Sanitation, dispensaries and jails vaccination Rajputana 1922-1927 - 1922-1927
Year: 1922
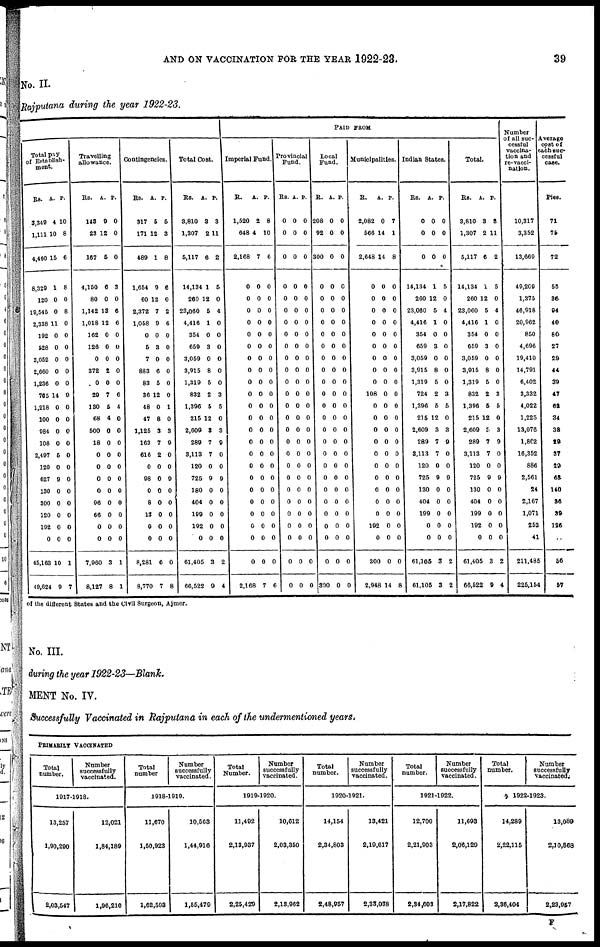
AND ON VACCINATION FOR THE YEAR 1922-23.
39
No. II.
Rajputana during the year 1922-23.
PAID FROM
Total pay
of Establish-
ment.
Rs.
3,349
1,111
4,460
8,329
120
19,546
2,338
192
528
3,052
2,660
1,236
765
1,218
100
984
108
2,497
120
627
130
300
120
192
0
45,163
40,624
A.
4
10
15
1
0
0
11
0
0
0
0
0
14
0
0
0
0
5
0
9
0
0
0
0
0
10
9
P.
10
8
6
8
0
8
0
0
0
0
0
0
9
0
0
0
0
0
0
0
0
0
0
0
0
1
7
Travelling
allowance.
Rs.
143
23
167
4,150
80
1,142
1,018
162
126
0
372
0
29
130
68
500
18
0
0
0
0
96
66
0
0
7,960
8,127
A.
9
12
5
6
0
13
12
0
0
0
2
0
7
5
4
0
0
0
0
0
0
0
0
0
0
3
8
P.
0
0
0
3
0
6
6
0
0
0
0
0
6
4
0
0
0
0
0
0
0
0
0
0
0
1
1
Contingencies.
Rs.
317
171
489
1,654
60
2,372
1,058
0
5
7
883
83
36
48
47
1,125
163
616
0
98
0
8
13
0
0
8,281
8,770
A.
5
12
1
9
12
7
9
0
3
0
6
5
12
0
8
3
7
2
0
0
0
0
0
0
0
6
7
P.
5
3
8
6
0
2
6
0
0
0
0
0
0
1
0
3
9
0
0
9
0
0
0
0
0
0
8
Total Cost.
RS.
3,810
1,307
5,117
14,134
260
23,060
4,416
354
659
3,059
3,915
1,319
832
1,396
215
2,609
289
3,113
120
725
180
404
199
192
0
61,405
66,522
A.
3
2
6
1
12
5
1
0
3
0
8
5
2
5
12
3
7
7
0
9
0
0
0
0
0
3
9
P.
3
11
2
5
0
4
0
0
0
0
0
0
3
5
0
3
9
0
0
9
0
0
0
0
0
2
4
Imperial Fund.
R.
1,520
648
2,168
0
0
0
0
0
0
0
0
0
0
0
0
0
0
0
0
0
0
0
0
0
0
0
2,168
A.
2
4
7
0
0
0
0
0
0
0
0
0
0
0
0
0
0
0
0
0
0
0
0
0
0
0
7
P.
8
10
6
0
0
0
0
0
0
0
0
0
0
0
0
0
0
0
0
0
0
0
0
0
0
0
6
Provincial
Fund.
Rs.
0
0
0
0
0
0
0
0
0
0
0
0
0
0
0
0
0
0
0
0
0
0
0
0
0
0
0
A.
0
0
0
0
0
0
0
0
0
0
0
0
0
0
0
0
0
0
0
0
0
0
0
0
0
0
0
P.
0
0
0
0
0
0
0
0
0
0
0
0
0
0
0
0
0
0
0
0
0
0
0
0
0
0
0
Local
Fund.
R.
208
92
300
0
0
0
0
0
0
0
0
0
0
0
0
0
0
0
0
0
0
0
0
0
0
0
300
A.
9
0
0
0
0
0
0
0
0
0
0
0
0
0
0
0
0
0
0
0
0
0
0
0
0
0
0
P.
0
0
0
0
0
0
0
0
0
0
0
0
0
0
0
0
0
0
0
0
0
0
0
0
0
0
0
Municipalities.
R.
2,082
566
2,648
0
0
0
0
0
0
0
0
0
108
0
0
0
0
0
0
0
0
0
0
192
0
300
2,948
A.
0
14
14
0
0
0
0
0
0
0
0
0
0
0
0
0
0
0
0
0
0
0
0
0
0
0
14
P.
7
1
8
0
0
0
0
0
0
0
0
0
0
0
0
0
0
0
0
0
0
0
0
0
0
0
8
Indian States.
Rs.
0
0
0
14,134
260
23,060
4,416
354
659
3,059
3,915
1,319
724
1,396
215
2,609
289
3,113
120
725
130
404
199
0
0
61,105
61,105
A.
0
0
0
1
12
5
1
0
3
0
8
5
2
5
12
3
7
7
0
9
0
0
0
0
0
3
3
P.
0
0
0
5
0
4
0
0
0
0
0
0
3
5
0
3
9
0
0
9
0
0
0
0
0
2
2
Total.
Rs.
3,810
1,307
5,117
14,134
260
23,060
4,416
354
659
3,059
3,916
1,319
832
1,396
215
2,609
289
3,113
120
725
130
404
199
192
0
61,405
66,522
A.
3
2
6
1
12
5
1
0
3
0
8
5
2
5
12
3
7
7
0
9
0
0
0
0
0
3
9
P.
3
11
2
5
0
4
0
0
0
0
0
0
3
5
0
3
9
0
0
9
0
0
0
0
0
2
4
Number
of all suc¬
cessful
vaccina¬
tion and
re-vacci-
nation.
10,317
3,352
13,669
49,209
1,375
46,918
20,962
850
4,696
19,410
14,791
6,402
3,332
4,022
1,225
13,076
1,862
16,352
886
2,561
24
2,167
1,071
253
41
211,485
225,154
Average
cost of
each suc¬
cessful
case.
Pies.
71
75
72
55
36
94
40
80
27
29
44
39
47
62
34
38
29
37
20
63
140
36
39
126
..
56
57
of the different States and the Civil Surgeon, Ajmer.
No. III.
during the year 1922-23—Blank.
MENT No. IV.
Successfully Vaccinated in Rajputana in each of the undermentioned years.
PRIMARILY VACCINATED
Total
number.
Number
successfully
vaccinated.
1917-1918.
13,257
1,90,290
2,03,547
12,021
1,84,189
1,96,210
Total
number
Number
successfully
vaccinated.
1918-1919.
11,670
1,50,923
1,62,593
10,563
1,44,916
1,55,479
Total
Number.
Number
successfully
vaccinated.
1919-1920.
11,492
2,13,937
2,25,429
10,612
2,03,350
2,13,962
Total
number.
Number
successfully
vaccinated.
1920-1921.
14,154
2,34,803
2,48,057
13,421
2,19,617
2,33,038
Total
number.
Number
successfully
vaccinated.
1921-1922.
12,700
2,21,903
2,34,603
11,693
2,06,129
2,17,822
Total
number.
Number
successfully
vaccinated.
1922-1923.
14,289
2,22,115
2,36,404
13,089
2,10,868
2,23,057
F